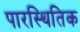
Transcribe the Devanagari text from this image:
पारस्थितिक